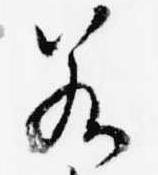
若